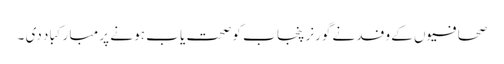
صحافیو ں کے وفد نے گورنر پنجا ب کو صحت یا ب ہو نے پر مبا رکبا د دی ۔